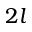
2 l